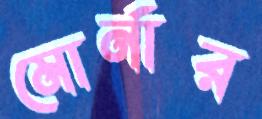
মোর্নার